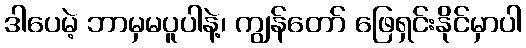
ဒါပေမဲ့ ဘာမှမပူပါနဲ့၊ ကျွန်တော် ဖြေရှင်းနိုင်မှာပါ